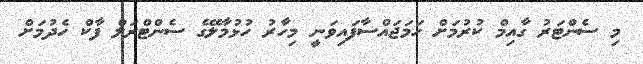
މި ސެންޓަރު ގާއިމް ކުރުމަށް ހަމަޖައްސާފައިވަނީ މިހާރު ހުޅުމާލޭގެ ސެންޓްރަލް ފާކް ހެދުމަށް